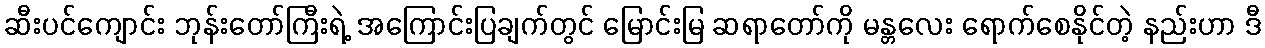
ဆီးပင်ကျောင်း ဘုန်းတော်ကြီးရဲ့ အကြောင်းပြချက်တွင် မြောင်းမြ ဆရာတော်ကို မန္တလေး ရောက်စေနိုင်တဲ့ နည်းဟာ ဒီ